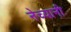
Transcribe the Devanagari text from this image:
नेच्यानी